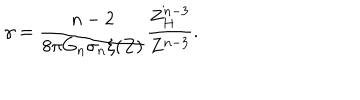
\gamma = \frac { n - 2 } { 8 \pi G _ { n } \sigma _ { n } \xi ( Z ) } \frac { Z _ { H } ^ { n - 3 } } { Z ^ { n - 3 } } .